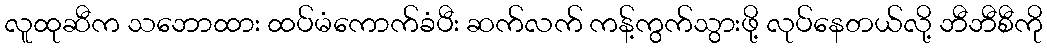
လူထုဆီက သဘောထား ထပ်မံကောက်ခံပီး ဆက်လက် ကန့်ကွက်သွားဖို့ လုပ်နေတယ်လို့ ဘီဘီစီကို